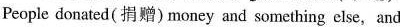
People donated(捐赠) money and something else, and